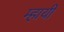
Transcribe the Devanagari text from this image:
म्हायी